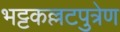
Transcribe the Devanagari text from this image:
भट्टकल्लटपुत्रेण